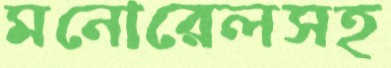
মনোরেলসহ